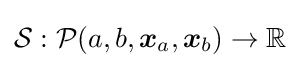
{\mathcal {S}}:{\mathcal {P}}(a,b,{\boldsymbol {x}}_{a},{\boldsymbol {x}}_{b})\to \mathbb {R}